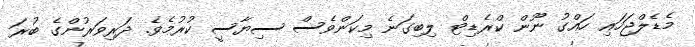
މެޑެލްޖަހައި ހައްގު ނޫން ކްރެޑިޓް ލިބިގަނެ މިކަންވެސް ސިޔާސީ ކުރުމެވެ. ދަރިވަރުންގެ ބުރަ